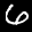
Label: 6